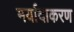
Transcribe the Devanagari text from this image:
मर्यादाकरण